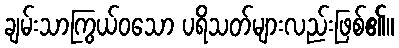
ချမ်းသာကြွယ်ဝသော ပရိသတ်များလည်းဖြစ်၏။